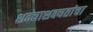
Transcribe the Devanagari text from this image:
शक्याशक्यतांचा